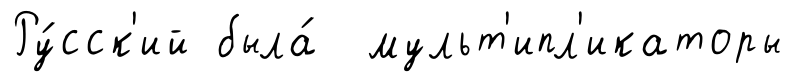
Ру́сск'ий была́ мульт'ипл'икаторы